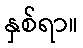
နှစ်ရာ။